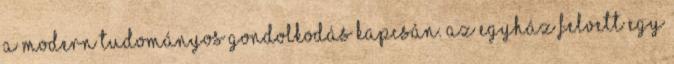
a modern tudományos gondolkodás kapcsán. Az Egyház felvett egy